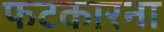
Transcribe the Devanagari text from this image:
फटकारना